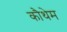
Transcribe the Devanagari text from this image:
कौथेम